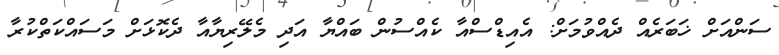
ސަންއަށް ޚަބަރެއް ދެއްވުމަށް: އެއިޑްސްއާ ކެއްސުން ބައްޔާ އަދި މެލޭރިޔާއާ ދެކޮޅަށް މަސައްކަތްކުރާ